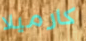
كارميلا